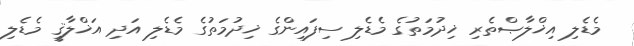
މެޑެލި އިޚްލާޞްތެރި ޚިދުމަތުގެ މެޑެލި ސިފައިންގެ ޚިދުމަތުގެ މެޑެލި އަދި އަޚްލާޤީ މެޑެލި